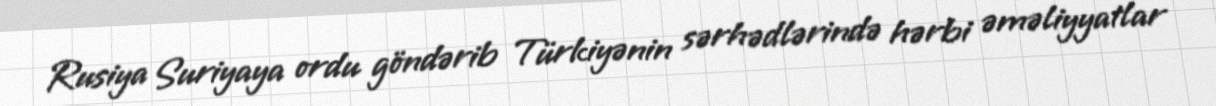
Rusiya Suriyaya ordu göndərib Türkiyənin sərhədlərində hərbi əməliyyatlar